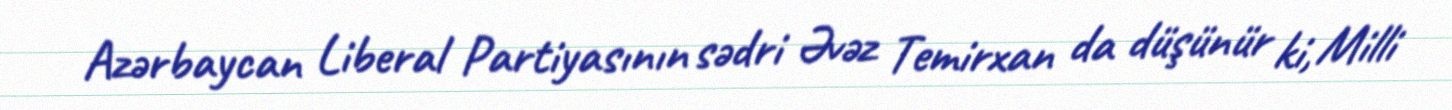
Azərbaycan Liberal Partiyasının sədri Əvəz Temirxan da düşünür ki, Milli